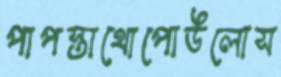
পাপস্তাথোপোউলোস